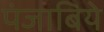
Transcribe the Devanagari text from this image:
पंजाबिये